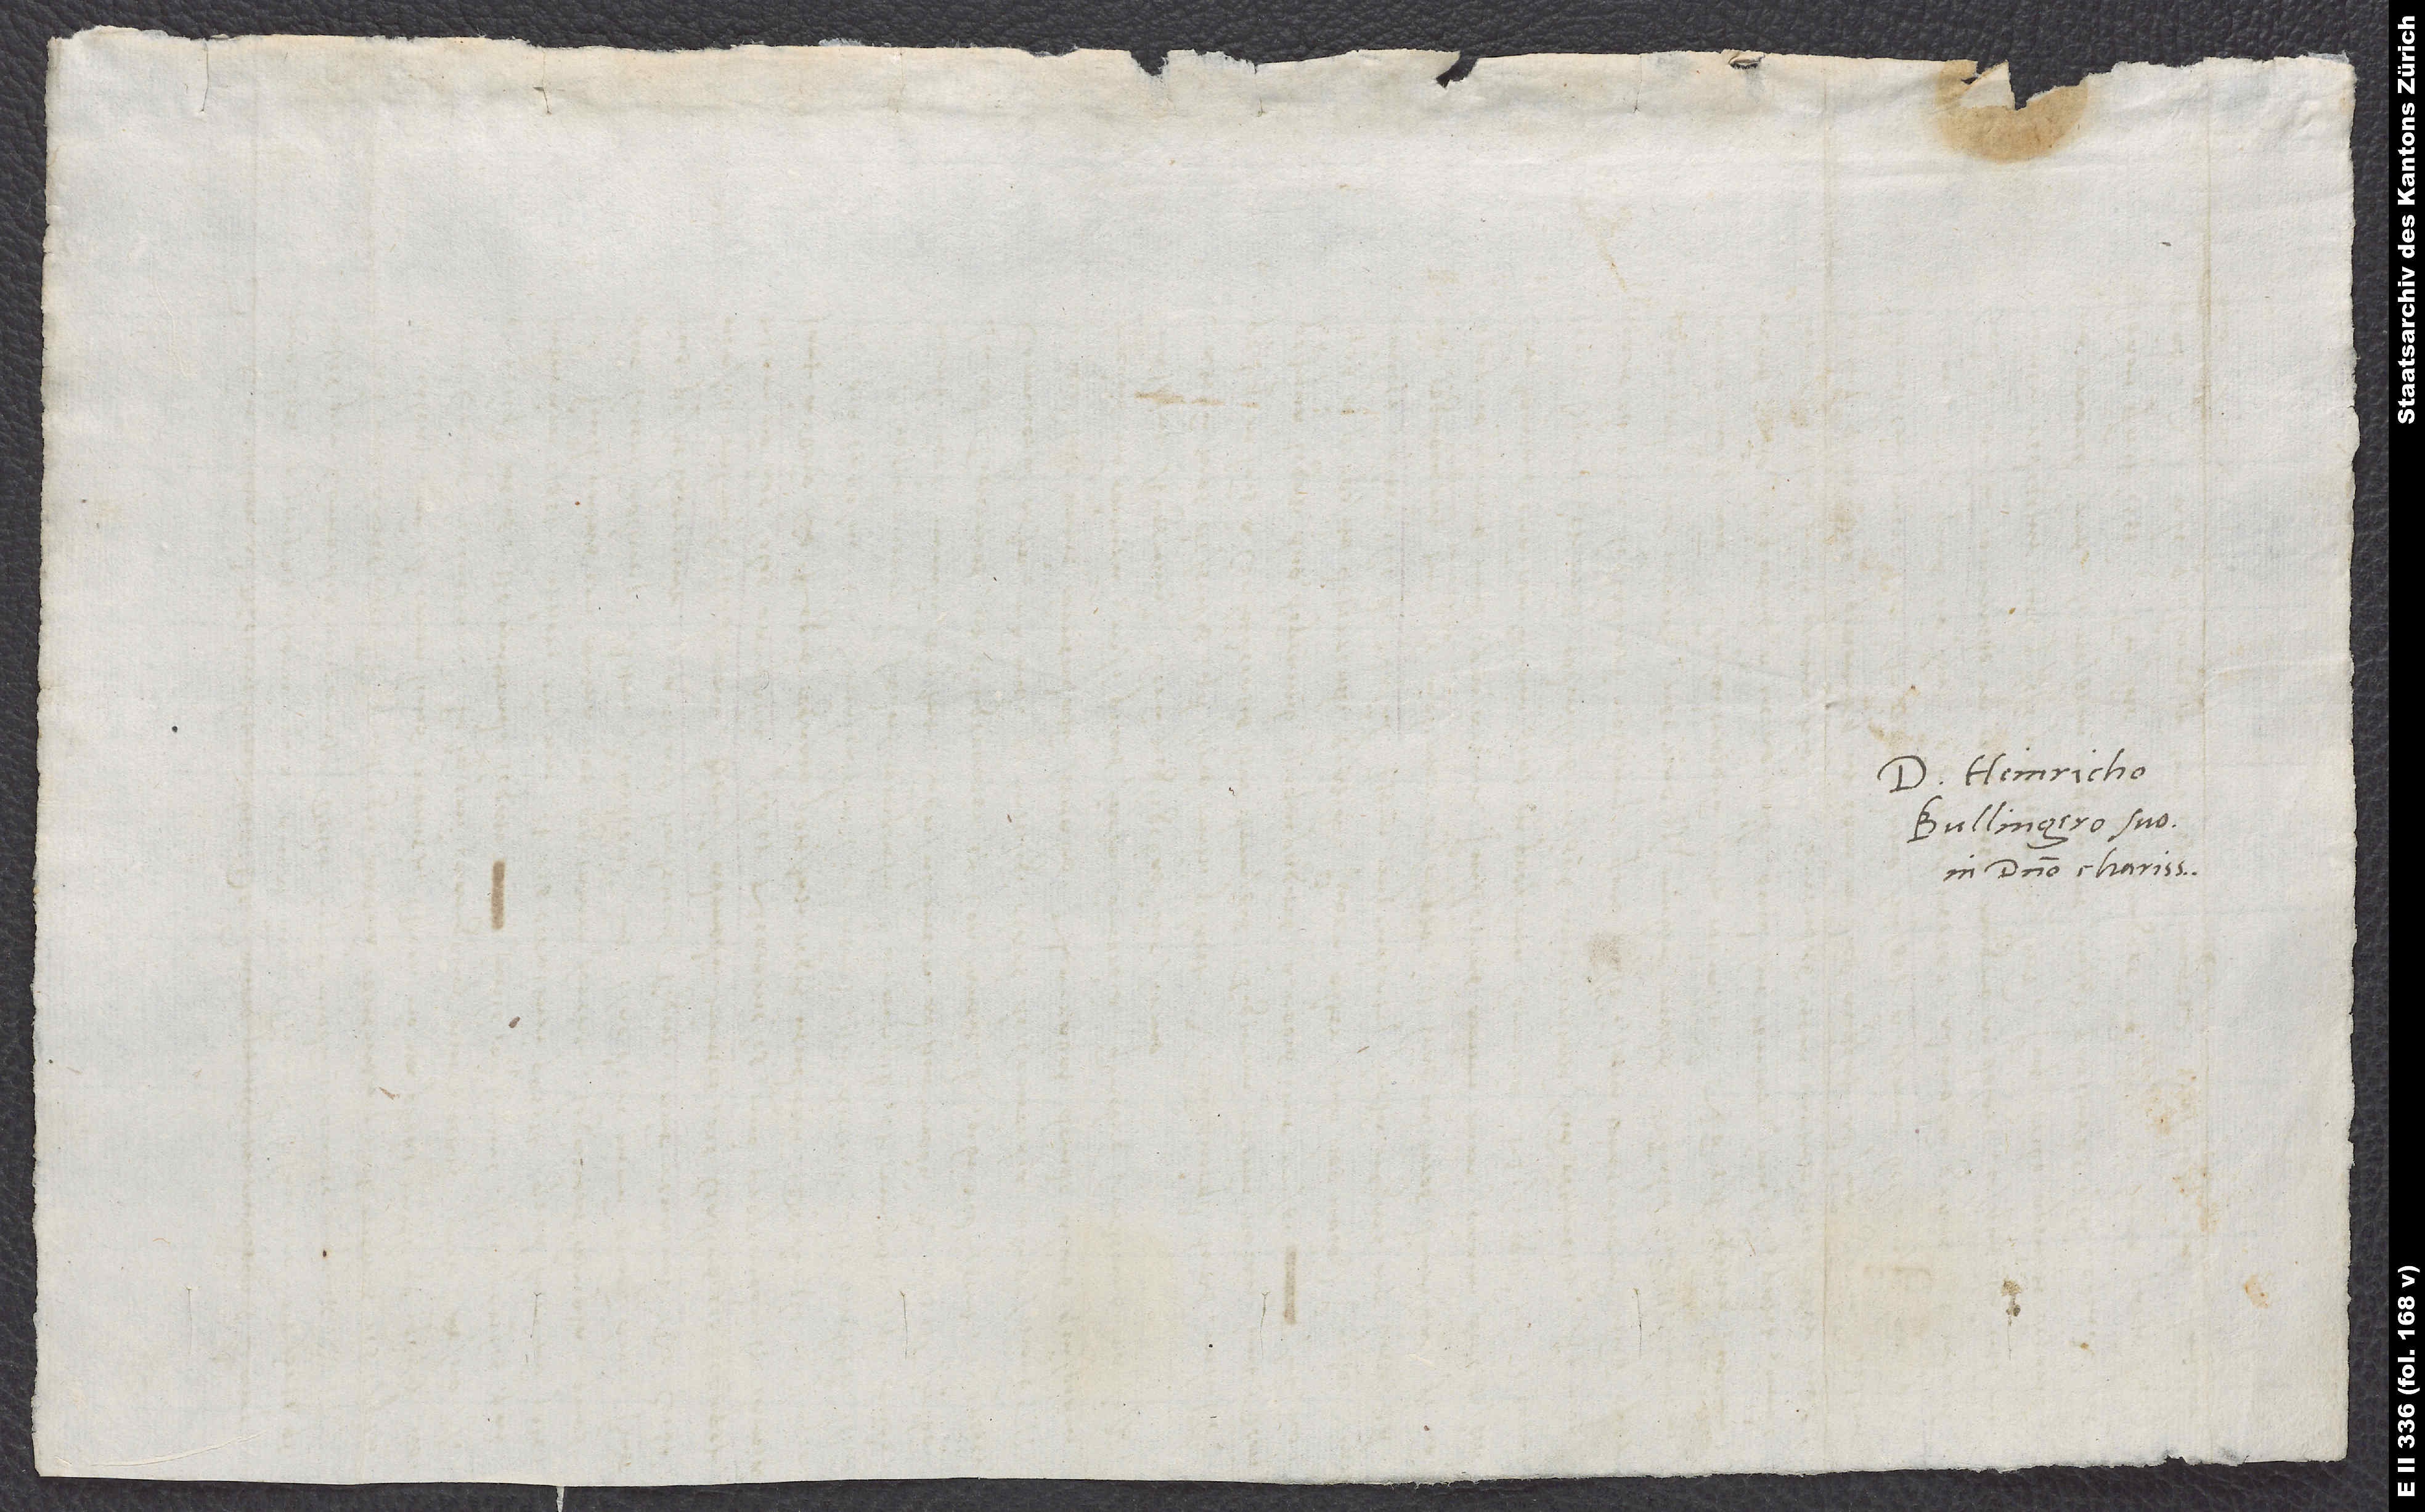
Domino Heinricho
Bullingero suo
in domino charissimo.